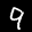
Label: 9